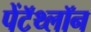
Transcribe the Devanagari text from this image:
पेंटॅथ्लॉन